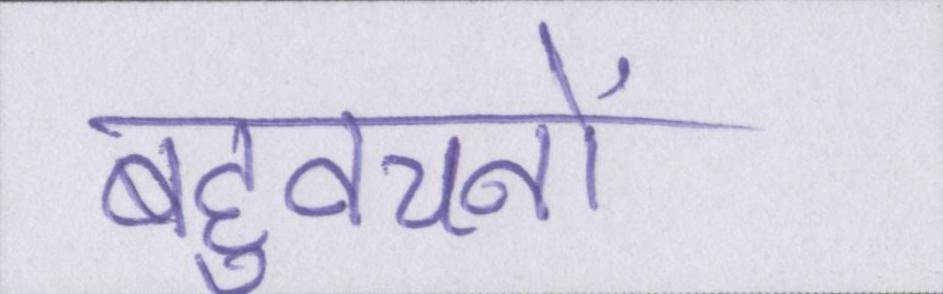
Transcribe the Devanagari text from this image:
बहुवचनों